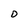
Character: D